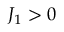
J _ { 1 } > 0